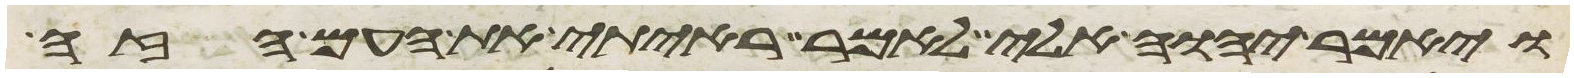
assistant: ויאמר יהוה אלי לאמר ראיתי את העם הזה